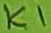
Text: K1